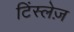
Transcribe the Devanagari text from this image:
टिंस्लेज़